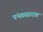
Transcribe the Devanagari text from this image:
पंथप्रसारक